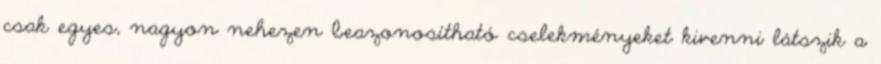
csak egyes, nagyon nehezen beazonosítható cselekményeket kivenni látszik a